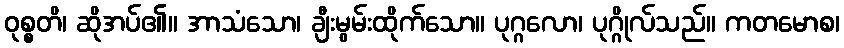
ဝုစ္စတိ၊ ဆိုအပ်၏။ အာသံသော၊ ချီးမွမ်းထိုက်သော။ ပုဂ္ဂလော၊ ပုဂ္ဂိုလ်သည်။ ကတမောစ၊